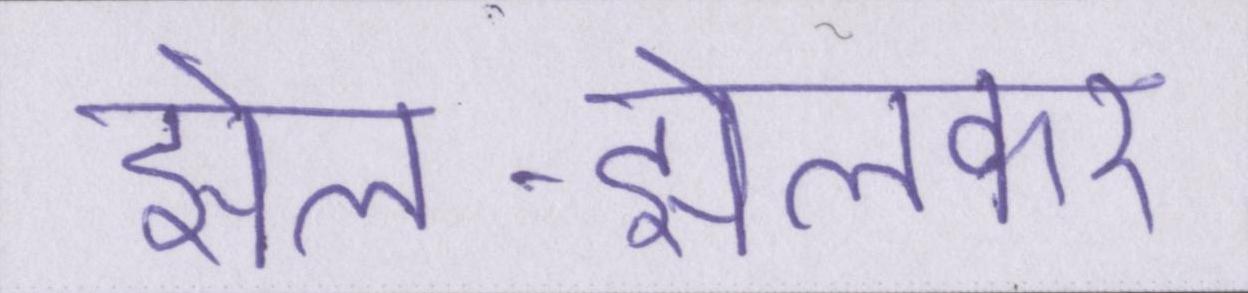
झेल-झेलकर